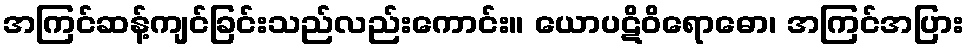
အကြင်ဆန့်ကျင်ခြင်းသည်လည်းကောင်း။ ယောပဋိဝိရောဓော၊ အကြင်အပြား